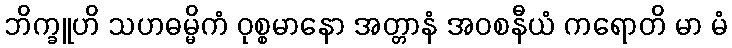
ဘိက္ခူဟိ သဟဓမ္မိကံ ဝုစ္စမာနော အတ္တာနံ အဝစနီယံ ကရောတိ မာ မံ